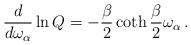
LaTeX: \begin{align*}{d\over d\omega_\alpha} \ln Q = -{\beta\over 2}\coth{\beta\over 2}\omega_\alpha\,.\end{align*}